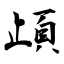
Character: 頉